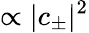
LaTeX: \propto|c_{\pm}|^{2}